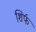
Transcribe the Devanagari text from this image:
शिर्फ